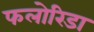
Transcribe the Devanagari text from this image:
फलोरिडा